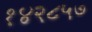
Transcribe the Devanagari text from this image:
१४२८५७